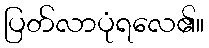
ပြတ်လာပုံရလေ၏။